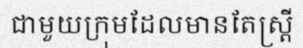
ជាមួយក្រុមដែលមានតែស្ត្រី